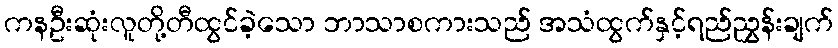
ကနဦးဆုံးလူတို့တီထွင်ခဲ့သော ဘာသာစကားသည် အသံထွက်နှင့်ရည်ညွှန်းချက်